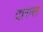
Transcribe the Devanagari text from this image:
दारुस